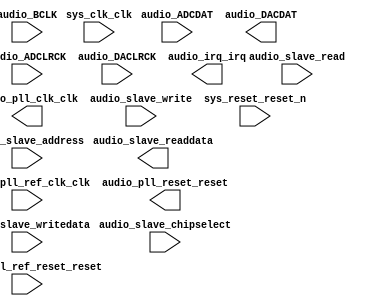

module Audio_Subsystem (
	audio_ADCDAT,
	audio_ADCLRCK,
	audio_BCLK,
	audio_DACDAT,
	audio_DACLRCK,
	audio_irq_irq,
	audio_pll_clk_clk,
	audio_pll_ref_clk_clk,
	audio_pll_ref_reset_reset,
	audio_pll_reset_reset,
	audio_slave_address,
	audio_slave_chipselect,
	audio_slave_read,
	audio_slave_write,
	audio_slave_writedata,
	audio_slave_readdata,
	sys_clk_clk,
	sys_reset_reset_n);	

	input		audio_ADCDAT;
	input		audio_ADCLRCK;
	input		audio_BCLK;
	output		audio_DACDAT;
	input		audio_DACLRCK;
	output		audio_irq_irq;
	output		audio_pll_clk_clk;
	input		audio_pll_ref_clk_clk;
	input		audio_pll_ref_reset_reset;
	output		audio_pll_reset_reset;
	input	[1:0]	audio_slave_address;
	input		audio_slave_chipselect;
	input		audio_slave_read;
	input		audio_slave_write;
	input	[31:0]	audio_slave_writedata;
	output	[31:0]	audio_slave_readdata;
	input		sys_clk_clk;
	input		sys_reset_reset_n;
endmodule